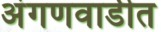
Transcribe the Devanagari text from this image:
अंगणवाडीत